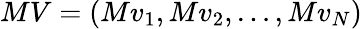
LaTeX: MV=(Mv_{1},Mv_{2},\ldots,Mv_{N})